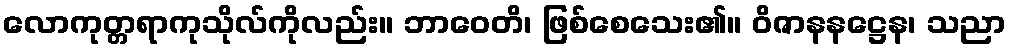
လောကုတ္တရာကုသိုလ်ကိုလည်း။ ဘာဝေတိ၊ ဖြစ်စေသေး၏။ ဝိဇာနနဋ္ဌေန၊ သညာ